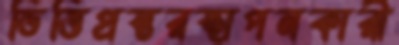
ভিত্তিপ্রস্তরস্থাপনকারী